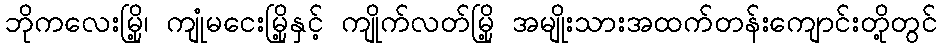
ဘိုကလေးမြို့၊ ကျုံမငေးမြို့နှင့် ကျိုက်လတ်မြို့ အမျိုးသားအထက်တန်းကျောင်းတို့တွင်